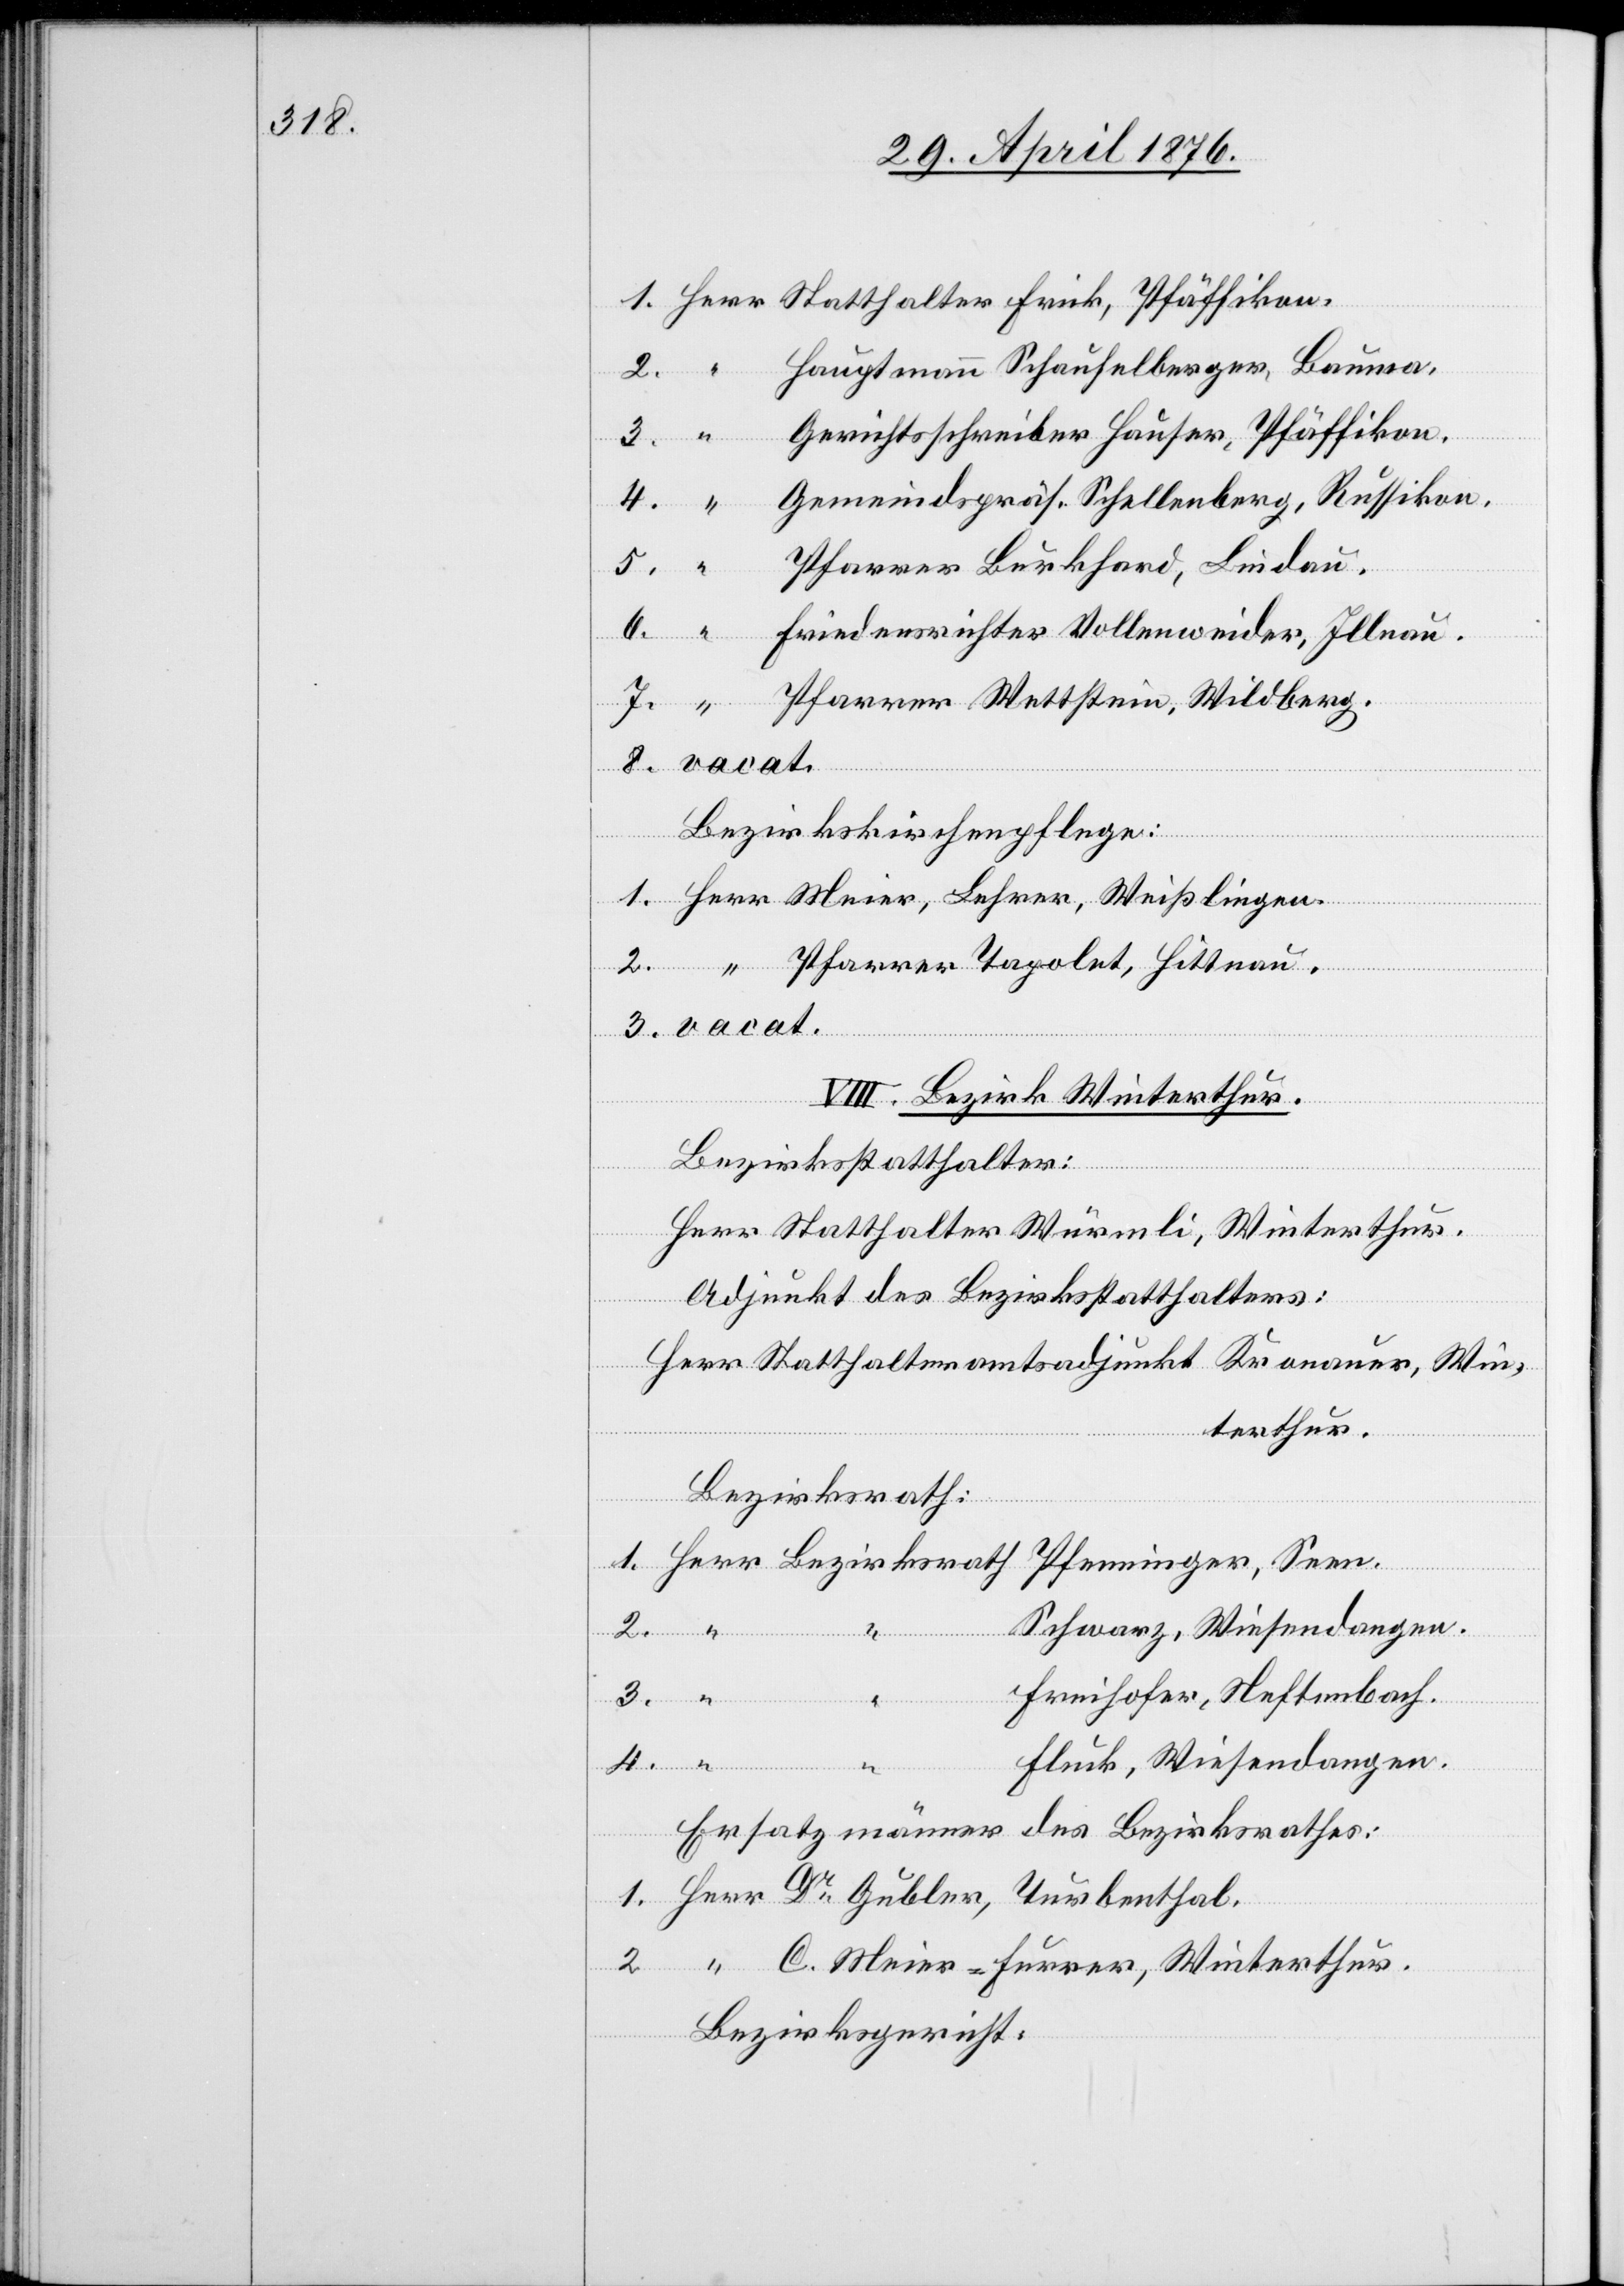
Herr
Bezirkskirchenpflege:
VIII. Bezirk Winterthur.
Bezirksstatthalter:
Herr Statthalter Würmli, Winterthur.
Adjunkt des Bezirksstatthalters:
er-Furrer,
3.
Herr Statthalteramtsadjunkt Kronauer, Win¬
terthur.
Herr
Bezirksrath
Schwarz, Wiesendangen.
Pfenninger,
2.
Freihofer, Neftenbach.
Fluck, Wiesendangen.
C.
Win¬
Ersatzmänner des Bezirksrathes:
Bezirksgericht: